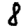
Digit: 8